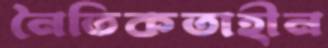
নৈতিকতাহীন